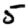
Digit: 5